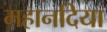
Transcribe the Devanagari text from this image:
महानदिया